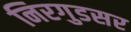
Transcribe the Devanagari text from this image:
निरगुडसर